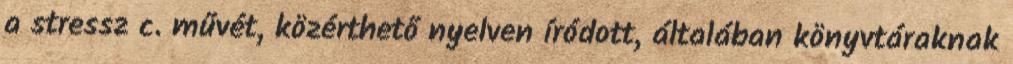
a stressz c. művét, közérthető nyelven íródott, általában könyvtáraknak